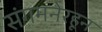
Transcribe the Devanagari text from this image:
संगमनेरहून